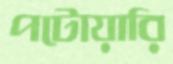
পটোয়ারি